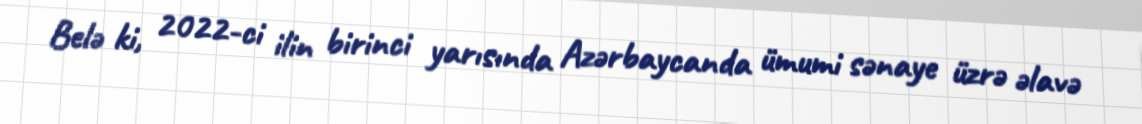
Belə ki, 2022-ci ilin birinci yarısında Azərbaycanda ümumi sənaye üzrə əlavə